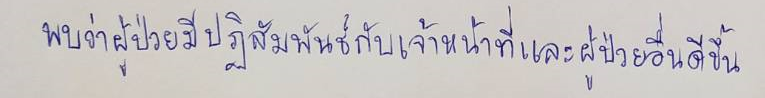
พบว่าผู้ป่วยมีปฏิสัมพันธ์กับเจ้าหน้าที่และผู้ป่วยอื่นดีขึ้น